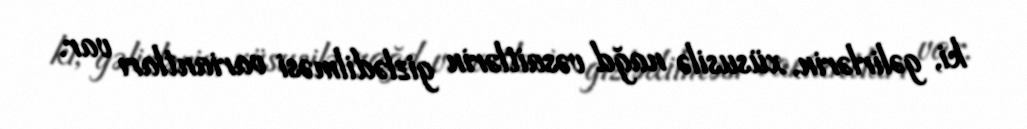
ki, gəlirlərin, xüsusilə nağd vəsaitlərin gizlədilməsi variantları var.